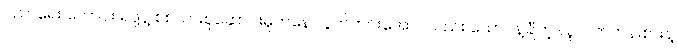
ပညာရေး ကောင်း ရဖို့နဲ့ စစ်သားစုဆောင်းမှုကနေ လွတ်ကင်းအောင်လည်း ထောင်နဲ့ချီတဲ့ လူလတ်တန်းစားနဲ့